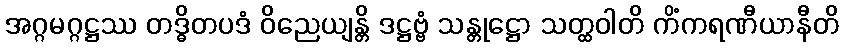
အဂ္ဂမဂ္ဂဋ္ဌဿ တဒ္ဓိတပဒံ ဝိညေယျန္တိ ဒဋ္ဌဗ္ဗံ သန္တုဋ္ဌော သတ္ထဝါတိ ကိံကရဏီယာနီတိ